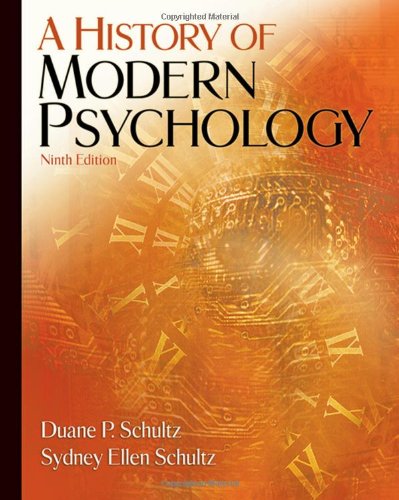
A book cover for A History of Modern Psychology; Duane P. Schultz; Health, Fitness & Dieting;